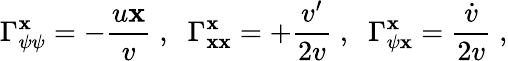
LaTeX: \Gamma_{\psi\psi}^{\mathbf{x}}=-{\frac{{u\mathbf{x}}}{{v}}}\; ,\; \; \Gamma_{\mathbf{x}\mathbf{x}}^{\mathbf{x}}=+{\frac{{v^{\prime}}}{{2v}}}\; ,\; \; \Gamma_{\psi\mathbf{x}}^{\mathbf{x}}={\frac{{\dot{{v}}}}{{2v}}}\; ,